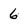
Character: 6